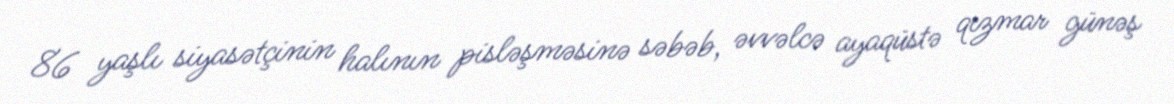
86 yaşlı siyasətçinin halının pisləşməsinə səbəb, əvvəlcə ayaqüstə qızmar günəş